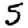
Digit: 5